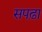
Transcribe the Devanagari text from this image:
सपढ़ा